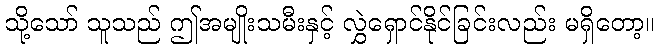
သို့သော် သူသည် ဤအမျိုးသမီးနှင့် လွှဲရှောင်နိုင်ခြင်းလည်း မရှိတော့။